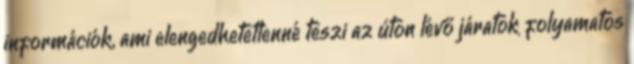
információk, ami elengedhetetlenné teszi az úton lévő járatok folyamatos